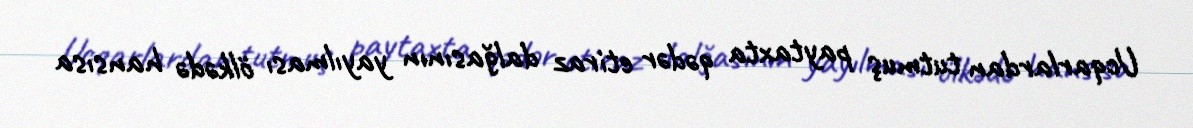
Ucqarlardan tutmuş paytaxta qədər etiraz dalğasının yayılması ölkədə hansısa